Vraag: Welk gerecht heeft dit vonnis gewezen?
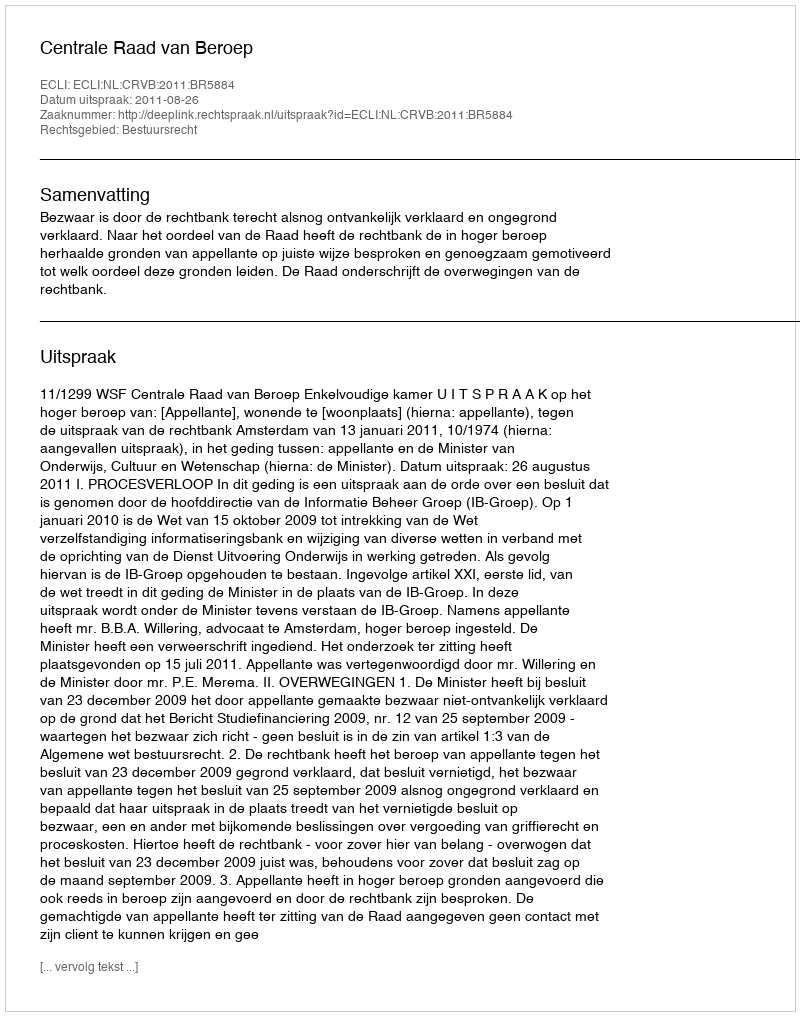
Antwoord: Centrale Raad van Beroep